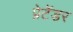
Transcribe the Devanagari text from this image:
प्रेटेंडर